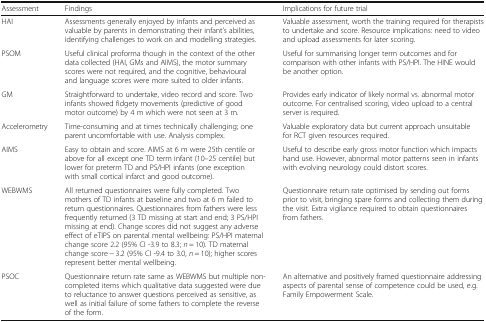
| Assessment | Findings | Implications for future trial |
 | --- | --- | --- |
 | HAI | Assessments generally enjoyed by infants and perceived as valuable by parents in demonstrating their infant’s abilities, identifying challenges to work on and modelling strategies. | Valuable assessment, worth the training required for therapists to undertake and score. Resource implications: need to video and upload assessments for later scoring. |
 | PSOM | Useful clinical proforma though in the context of the other data collected (HAI, GMs and AIMS), the motor summary scores were not required, and the cognitive, behavioural and language scores were more suited to older infants. | Useful for summarising longer term outcomes and for comparison with other infants with PS/HPI. The HINE would be another option. |
 | GM | Straightforward to undertake, video record and score. Two infants showed fidgety movements (predictive of good motor outcome) by 4 m which were not seen at 3 m. | Provides early indicator of likely normal vs. abnormal motor outcome. For centralised scoring, video upload to a central server is required. |
 | Accelerometry | Time-consuming and at times technically challenging; one parent uncomfortable with use. Analysis complex. | Valuable exploratory data but current approach unsuitable for RCT given resources required. |
 | AIMS | Easy to obtain and score. AIMS at 6 m were 25th centile or above for all except one TD term infant (10–25 centile) but lower for preterm TD and PS/HPI infants (one exception with small cortical infarct and good outcome). | Useful to describe early gross motor function which impacts hand use. However, abnormal motor patterns seen in infants with evolving neurology could distort scores. |
 | WEBWMS | All returned questionnaires were fully completed. Two mothers of TD infants at baseline and two at 6 m failed to return questionnaires. Questionnaires from fathers were less frequently returned (3 TD missing at start and end; 3 PS/HPI missing at end). Change scores did not suggest any adverse effect of eTIPS on parental mental wellbeing: PS/HPI maternal change score 2.2 (95% CI -3.9 to 8.3; n = 10). TD maternal change score − 3.2 (95% CI -9.4 to 3.0, n = 10); higher scores represent better mental wellbeing. | Questionnaire return rate optimised by sending out forms prior to visit, bringing spare forms and collecting them during the visit. Extra vigilance required to obtain questionnaires from fathers. |
 | PSOC | Questionnaire return rate same as WEBWMS but multiple non-completed items which qualitative data suggested were due to reluctance to answer questions perceived as sensitive, as well as initial failure of some fathers to complete the reverse of the form. | An alternative and positively framed questionnaire addressing aspects of parental sense of competence could be used, e.g. Family Empowerment Scale. |